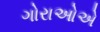
ગોરાઓએ